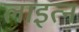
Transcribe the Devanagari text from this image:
लाइत्न